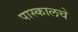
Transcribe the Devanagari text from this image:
पास्कालचे